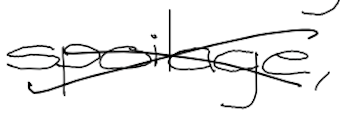
Text: spoilage,
Cross-out: cross
Writing tool: digital_black